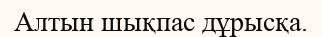
Алтын шықпас дұрысқа.